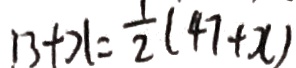
1 3 + x = \frac { 1 } { 2 } ( 4 7 + x )